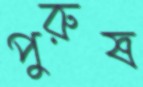
পুরুষ